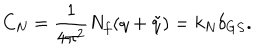
C _ { N } = { \frac { 1 } { 4 \pi ^ { 2 } } } N _ { f } ( q + { \tilde { q } } ) = k _ { N } \delta _ { G S } .